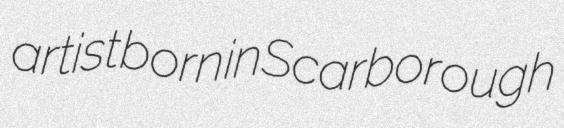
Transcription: artist born in Scarborough